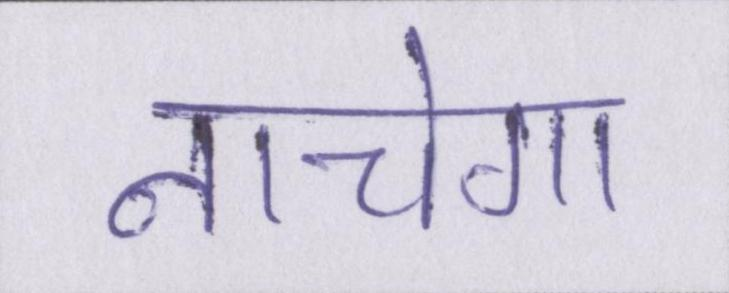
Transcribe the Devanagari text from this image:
नाचेगा